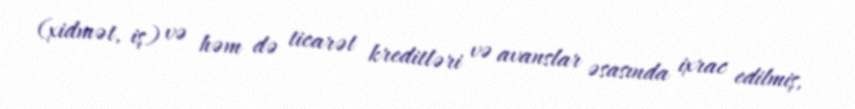
(xidmət, iş) və həm də ticarət kreditləri və avanslar əsasında ixrac edilmiş,